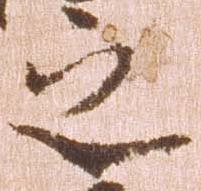
之